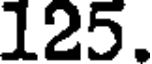
125.